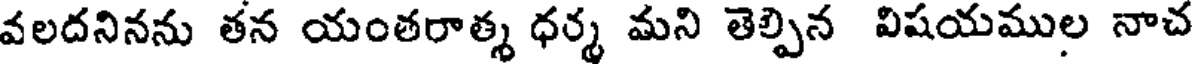
వలదనినను తన యంతరాత్మ ధర్మ మని తెల్పిన విషయముల నాచ